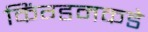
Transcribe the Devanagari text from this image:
किंग्डमकडे